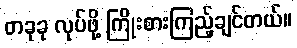
တခုခု လုပ်ဖို့ ကြိုးစားကြည့်ချင်တယ်။